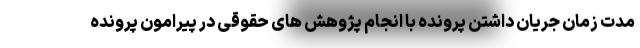
مدت زمان جریان داشتن پرونده با انجام پژوهش های حقوقی در پیرامون پرونده